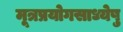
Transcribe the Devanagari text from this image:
मूत्रप्रयोगसाध्येषु